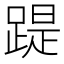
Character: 踶